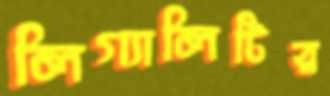
লিগ্যালিটির